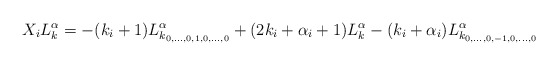
\begin{align*}X_iL^\alpha_k=-(k_i+1)L^{\alpha}_{k_{0,\dots,0,1,0,\dots,0}}+(2k_i+\alpha_i+1)L^\alpha_k-(k_i+\alpha_i)L^{\alpha}_{k_{0,\dots,0,-1,0,\dots,0}}\end{align*}